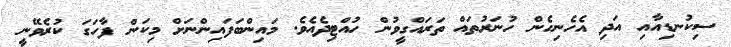
ސިކުނޑިއާއި އަދި އެހެނިހެން ހުނަރުތައް ތަރައްގީވުން ހުއްޓިދެއެވެ. މައިންބަފައިންނަށް މިކަން ފާހަގަ ކުރެވޭނީ